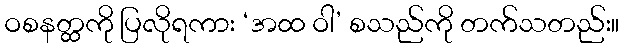
ဝစနတ္ထကို ပြလိုရကား ‘အထ ဝါ’ စသည်ကို တက်သတည်း။